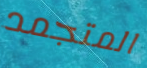
المتجمد